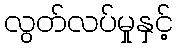
လွတ်လပ်မှုနှင့်